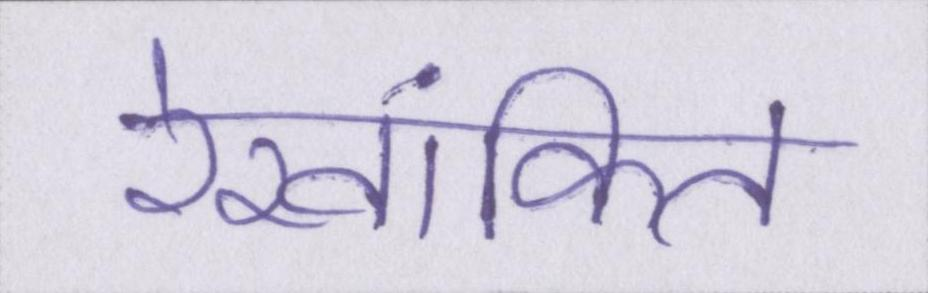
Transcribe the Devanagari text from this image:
रेखांकित